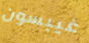
غيبسون